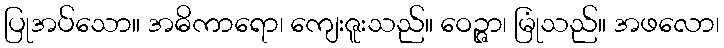
ပြုအပ်သော။ အဓိကာရော၊ ကျေးဇူးသည်။ ဝေဉ္ဇာ၊ မြုံသည်။ အဖလော၊